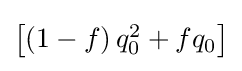
{\textstyle \left[\left(1-f\right)q_{0}^{2}+fq_{0}\right]}